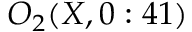
O _ { 2 } ( X , 0 : 4 1 )